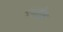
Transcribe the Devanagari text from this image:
गंगतोक